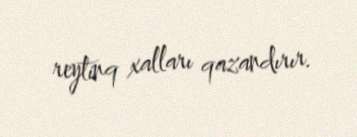
reytinq xalları qazandırır.